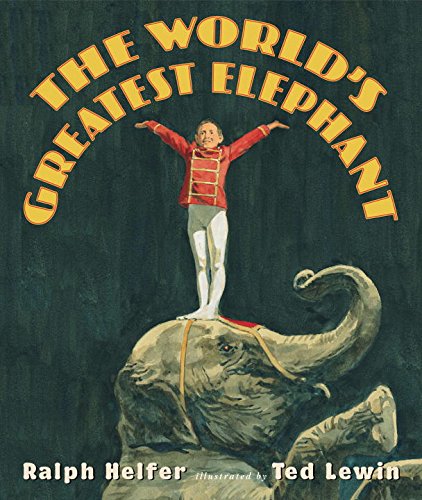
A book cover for The World's Greatest Elephant; Ralph Helfer; Children's Books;